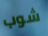
شوب